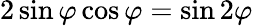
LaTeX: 2\sin\varphi\cos\varphi=\sin 2\varphi